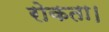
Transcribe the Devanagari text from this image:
रोकता।